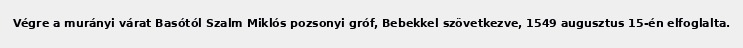
Végre a murányi várat Basótól Szalm Miklós pozsonyi gróf, Bebekkel szövetkezve, 1549 augusztus 15-én elfoglalta.